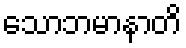
သောဘမာနာတိ